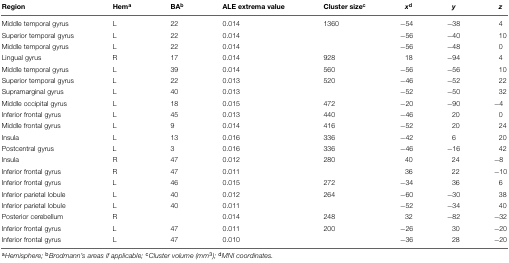
| Region | Hema | BAb | ALE extrema value | Cluster sizec | xd | y | z |
 | --- | --- | --- | --- | --- | --- | --- | --- |
 | Middle temporal gyrus | L | 22 | 0.014 | 1360 | -54 | -38 | 4 |
 | Superior temporal gyrus | L | 22 | 0.014 |  | -56 | -40 | 10 |
 | Middle temporal gyrus | L | 22 | 0.014 |  | -56 | -48 | 0 |
 | Lingual gyrus | R | 17 | 0.014 | 928 | 18 | -94 | 4 |
 | Middle temporal gyrus | L | 39 | 0.014 | 560 | -56 | -56 | 10 |
 | Superior temporal gyrus | L | 22 | 0.013 | 520 | -46 | -52 | 22 |
 | Supramarginal gyrus | L | 40 | 0.013 |  | -52 | -50 | 32 |
 | Middle occipital gyrus | L | 18 | 0.015 | 472 | -20 | -90 | -4 |
 | Inferior frontal gyrus | L | 45 | 0.013 | 440 | -46 | 20 | 0 |
 | Middle frontal gyrus | L | 9 | 0.014 | 416 | -52 | 20 | 24 |
 | Insula | L | 13 | 0.016 | 336 | -42 | 6 | 20 |
 | Postcentral gyrus | L | 3 | 0.016 | 336 | -46 | -16 | 42 |
 | Insula | R | 47 | 0.012 | 280 | 40 | 24 | -8 |
 | Inferior frontal gyrus | R | 47 | 0.011 |  | 36 | 22 | -10 |
 | Inferior frontal gyrus | L | 46 | 0.015 | 272 | -34 | 36 | 6 |
 | Inferior parietal lobule | L | 40 | 0.012 | 264 | -60 | -30 | 38 |
 | Inferior parietal lobule | L | 40 | 0.011 |  | -52 | -34 | 40 |
 | Posterior cerebellum | R |  | 0.014 | 248 | 32 | -82 | -32 |
 | Inferior frontal gyrus | L | 47 | 0.011 | 200 | -26 | 30 | -20 |
 | Inferior frontal gyrus | L | 47 | 0.010 |  | -36 | 28 | -20 |